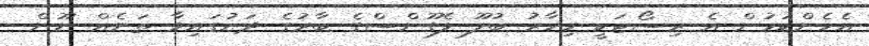
އެހެންކަމުން އެ ރިސޯޓަކީ މިހާރު ބުލޫ ލެގޫންސްގެ ބާރުގެ ދަށުގައިވާ ތަނެއް ނޫން